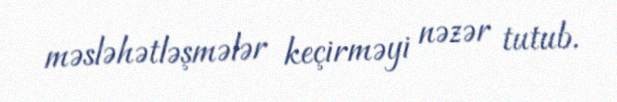
məsləhətləşmələr keçirməyi nəzər tutub.